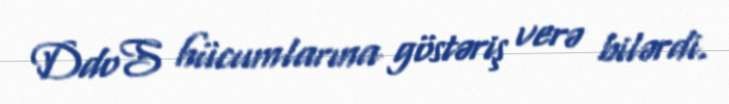
DdoS hücumlarına göstəriş verə bilərdi.